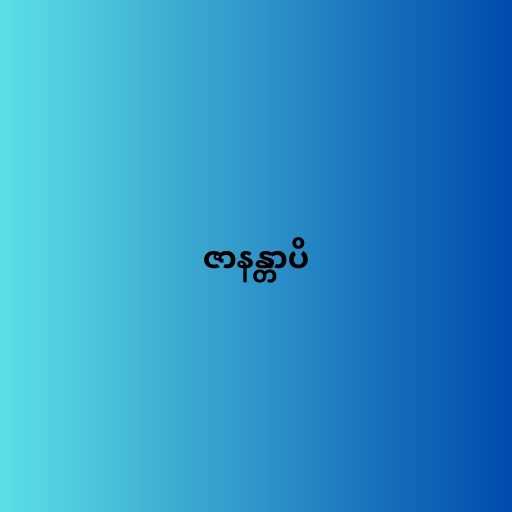
ဇာနန္တာပိ